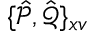
\{ \hat { \mathcal { P } } , \hat { \mathcal { Q } } \} _ { x v }